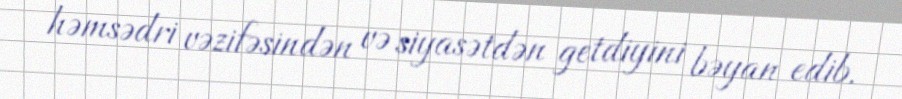
həmsədri vəzifəsindən və siyasətdən getdiyini bəyan edib.